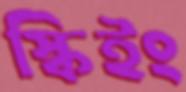
স্কিইং